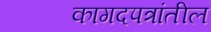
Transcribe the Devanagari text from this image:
कागदपत्रांतील